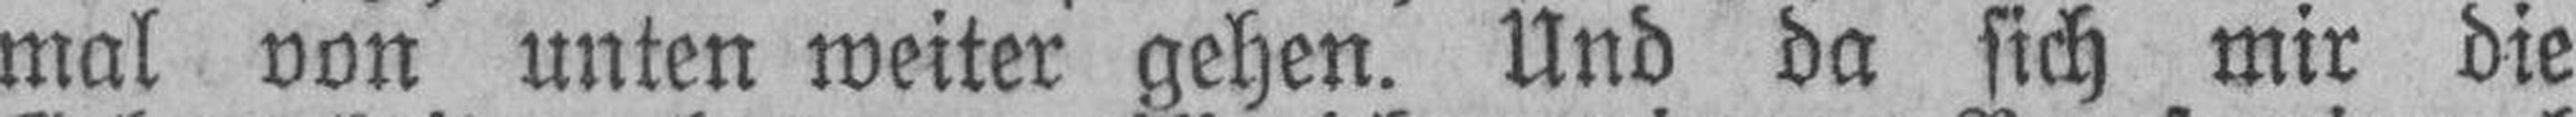
mal von unten weiter gehen. Und da sich mir die